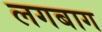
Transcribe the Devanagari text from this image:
लगबाग